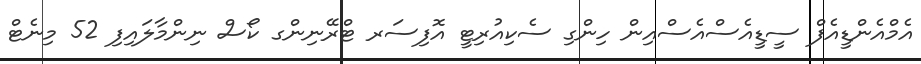
އެމްއެންޑީއެފް ސީޑީއެސްއެސްއިން ހިންގި ސެކިއުރިޓީ އޮފިސަރ ޓްރޭނިންގ ކޯސް ނިންމާލައިފި 52 މިނެޓް